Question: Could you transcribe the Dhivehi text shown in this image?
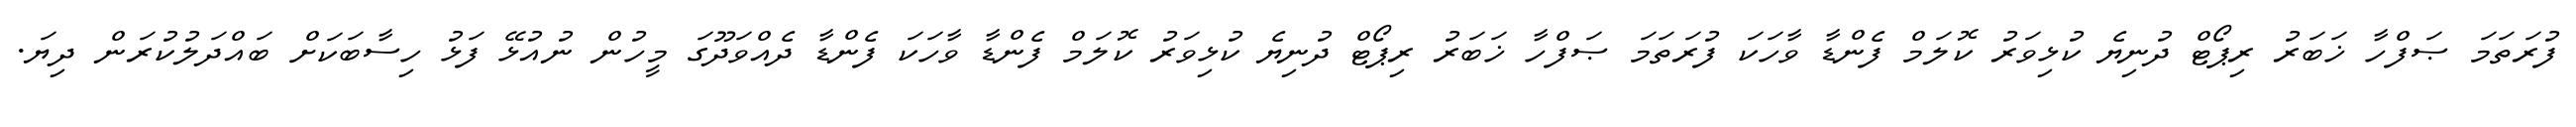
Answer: ފުރަތަމަ ޞަފްހާ ޚަބަރު ރިޕޯޓް ދުނިޔެ ކުޅިވަރު ކޮލަމް ފެންޑާ ވާހަކަ ފުރަތަމަ ޞަފްހާ ޚަބަރު ރިޕޯޓް ދުނިޔެ ކުޅިވަރު ކޮލަމް ފެންޑާ ވާހަކަ ފެންޑާ ދެއްވަދޫގަ މީހުން ނުއުޅޭ ފަޅު ހިސާބަކަށް ބައްދަލުކުރަން ދިޔަ.